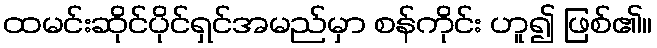
ထမင်းဆိုင်ပိုင်ရှင်အမည်မှာ စန်ကိုင်း ဟူ၍ ဖြစ်၏။